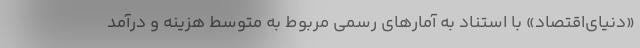
«دنیای‌اقتصاد» با استناد به آمارهای رسمی مربوط به متوسط هزینه و درآمد